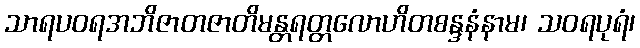
သာရပဝရအဘိဇာတဇာတိမန္တရတ္တလောဟိတစန္ဒနံနာမ၊ သဝရပုရံ၊